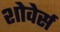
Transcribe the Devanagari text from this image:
शोवेर्स